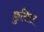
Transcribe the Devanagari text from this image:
क्रुसिस